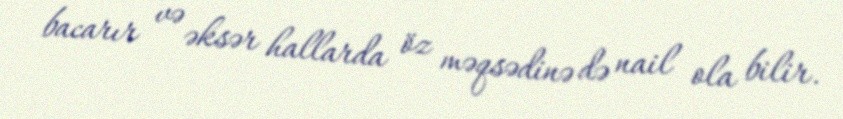
bacarır və əksər hallarda öz məqsədinə də nail ola bilir.